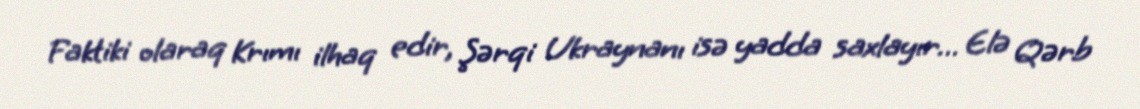
Faktiki olaraq Krımı ilhaq edir, Şərqi Ukraynanı isə yadda saxlayır… Elə Qərb